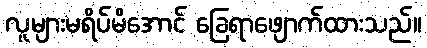
လူများမရိပ်မိအောင် ခြေရာဖျောက်ထားသည်။